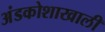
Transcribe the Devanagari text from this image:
अंडकोशाखाली